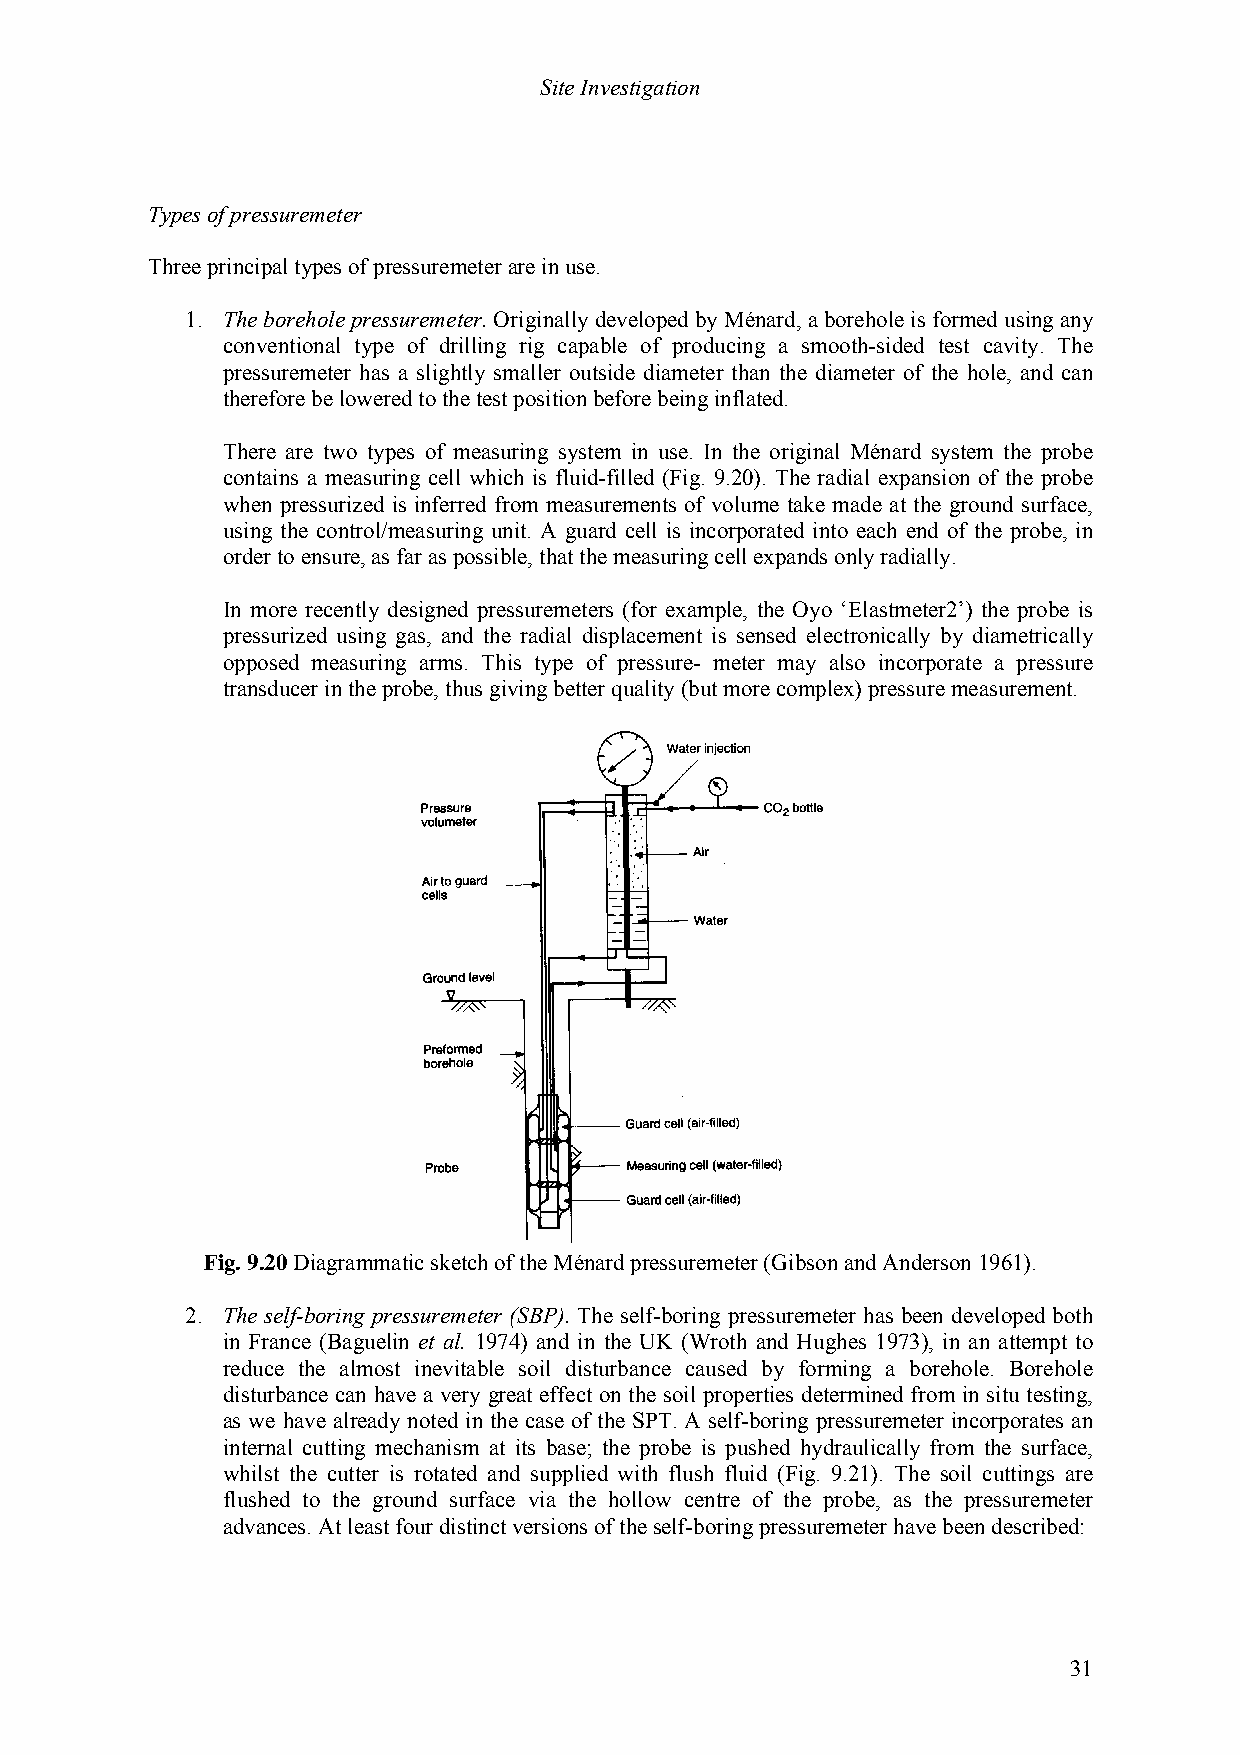
Site Investigation
 Types of pressuremeter
 Three principal types of pressuremeter are in use.
 1. The borehole pressuremeter. Originally developed by Ménard, a borehole is formed using any
 conventional type of drilling rig capable of producing a smooth-sided test cavity. The
 pressuremeter has a slightly smaller outside diameter than the diameter of the hole, and can
 therefore be lowered to the test position before being inflated.
 There are two types of measuring system in use. In the original Ménard system the probe
 contains a measuring cell which is fluid-filled (Fig. 9.20). The radial expansion of the probe
 when pressurized is inferred from measurements of volume take made at the ground surface,
 using the control/measuring unit. A guard cell is incorporated into each end of the probe, in
 order to ensure, as far as possible, that the measuring cell expands only radially.
 In more recently designed pressuremeters (for example, the Oyo ‘Elastmeter2’) the probe is
 pressurized using gas, and the radial displacement is sensed electronically by diametrically
 opposed measuring arms. This type of pressure- meter may also incorporate a pressure
 transducer in the probe, thus giving better quality (but more complex) pressure measurement.
 Fig. 9.20 Diagrammatic sketch of the Ménard pressuremeter (Gibson and Anderson 1961).
 2. The self-boring pressuremeter (SBP). The self-boring pressuremeter has been developed both
 in France (Baguelin et al. 1974) and in the UK (Wroth and Hughes 1973), in an attempt to
 reduce the almost inevitable soil disturbance caused by forming a borehole. Borehole
 disturbance can have a very great effect on the soil properties determined from in situ testing,
 as we have already noted in the case of the SPT. A self-boring pressuremeter incorporates an
 internal cutting mechanism at its base; the probe is pushed hydraulically from the surface,
 whilst the cutter is rotated and supplied with flush fluid (Fig. 9.21). The soil cuttings are
 flushed to the ground surface via the hollow centre of the probe, as the pressuremeter
 advances. At least four distinct versions of the self-boring pressuremeter have been described:
 31